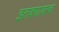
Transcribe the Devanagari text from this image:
इतक्यावरच